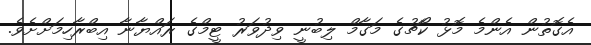
އެގޮތުން އެންމެ މޮޅު ކޯޗުގެ މަގާމް ލިބުނީ ވިދުވަރު ޓީމްގެ ރައްޔާނާ އިބްރާހިމަށްށެވެ.